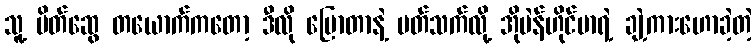
သူ့ မိတ်ဆွေ တယောက်ကတော့ ဒီလို ပြောတာနဲ့ ပတ်သက်လို့ အိုပဲန်ဟိုင်မာရဲ့ ချဲ့ကားဟောခဲ့တဲ့